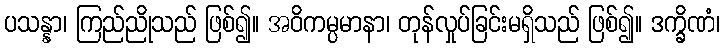
ပသန္နာ၊ ကြည်ညိုသည် ဖြစ်၍။ အဝိကမ္ပမာနာ၊ တုန်လှုပ်ခြင်းမရှိသည် ဖြစ်၍။ ဒက္ခိဏံ၊